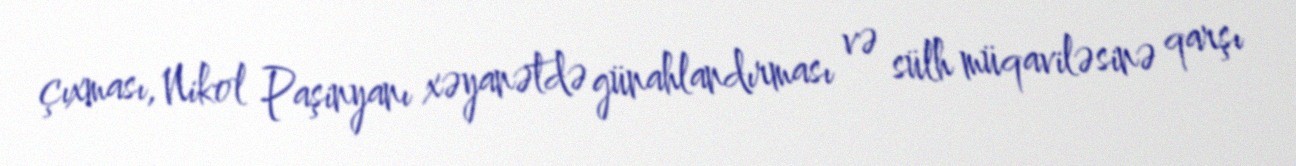
çıxması, Nikol Paşinyanı xəyanətdə günahlandırması və sülh müqaviləsinə qarşı